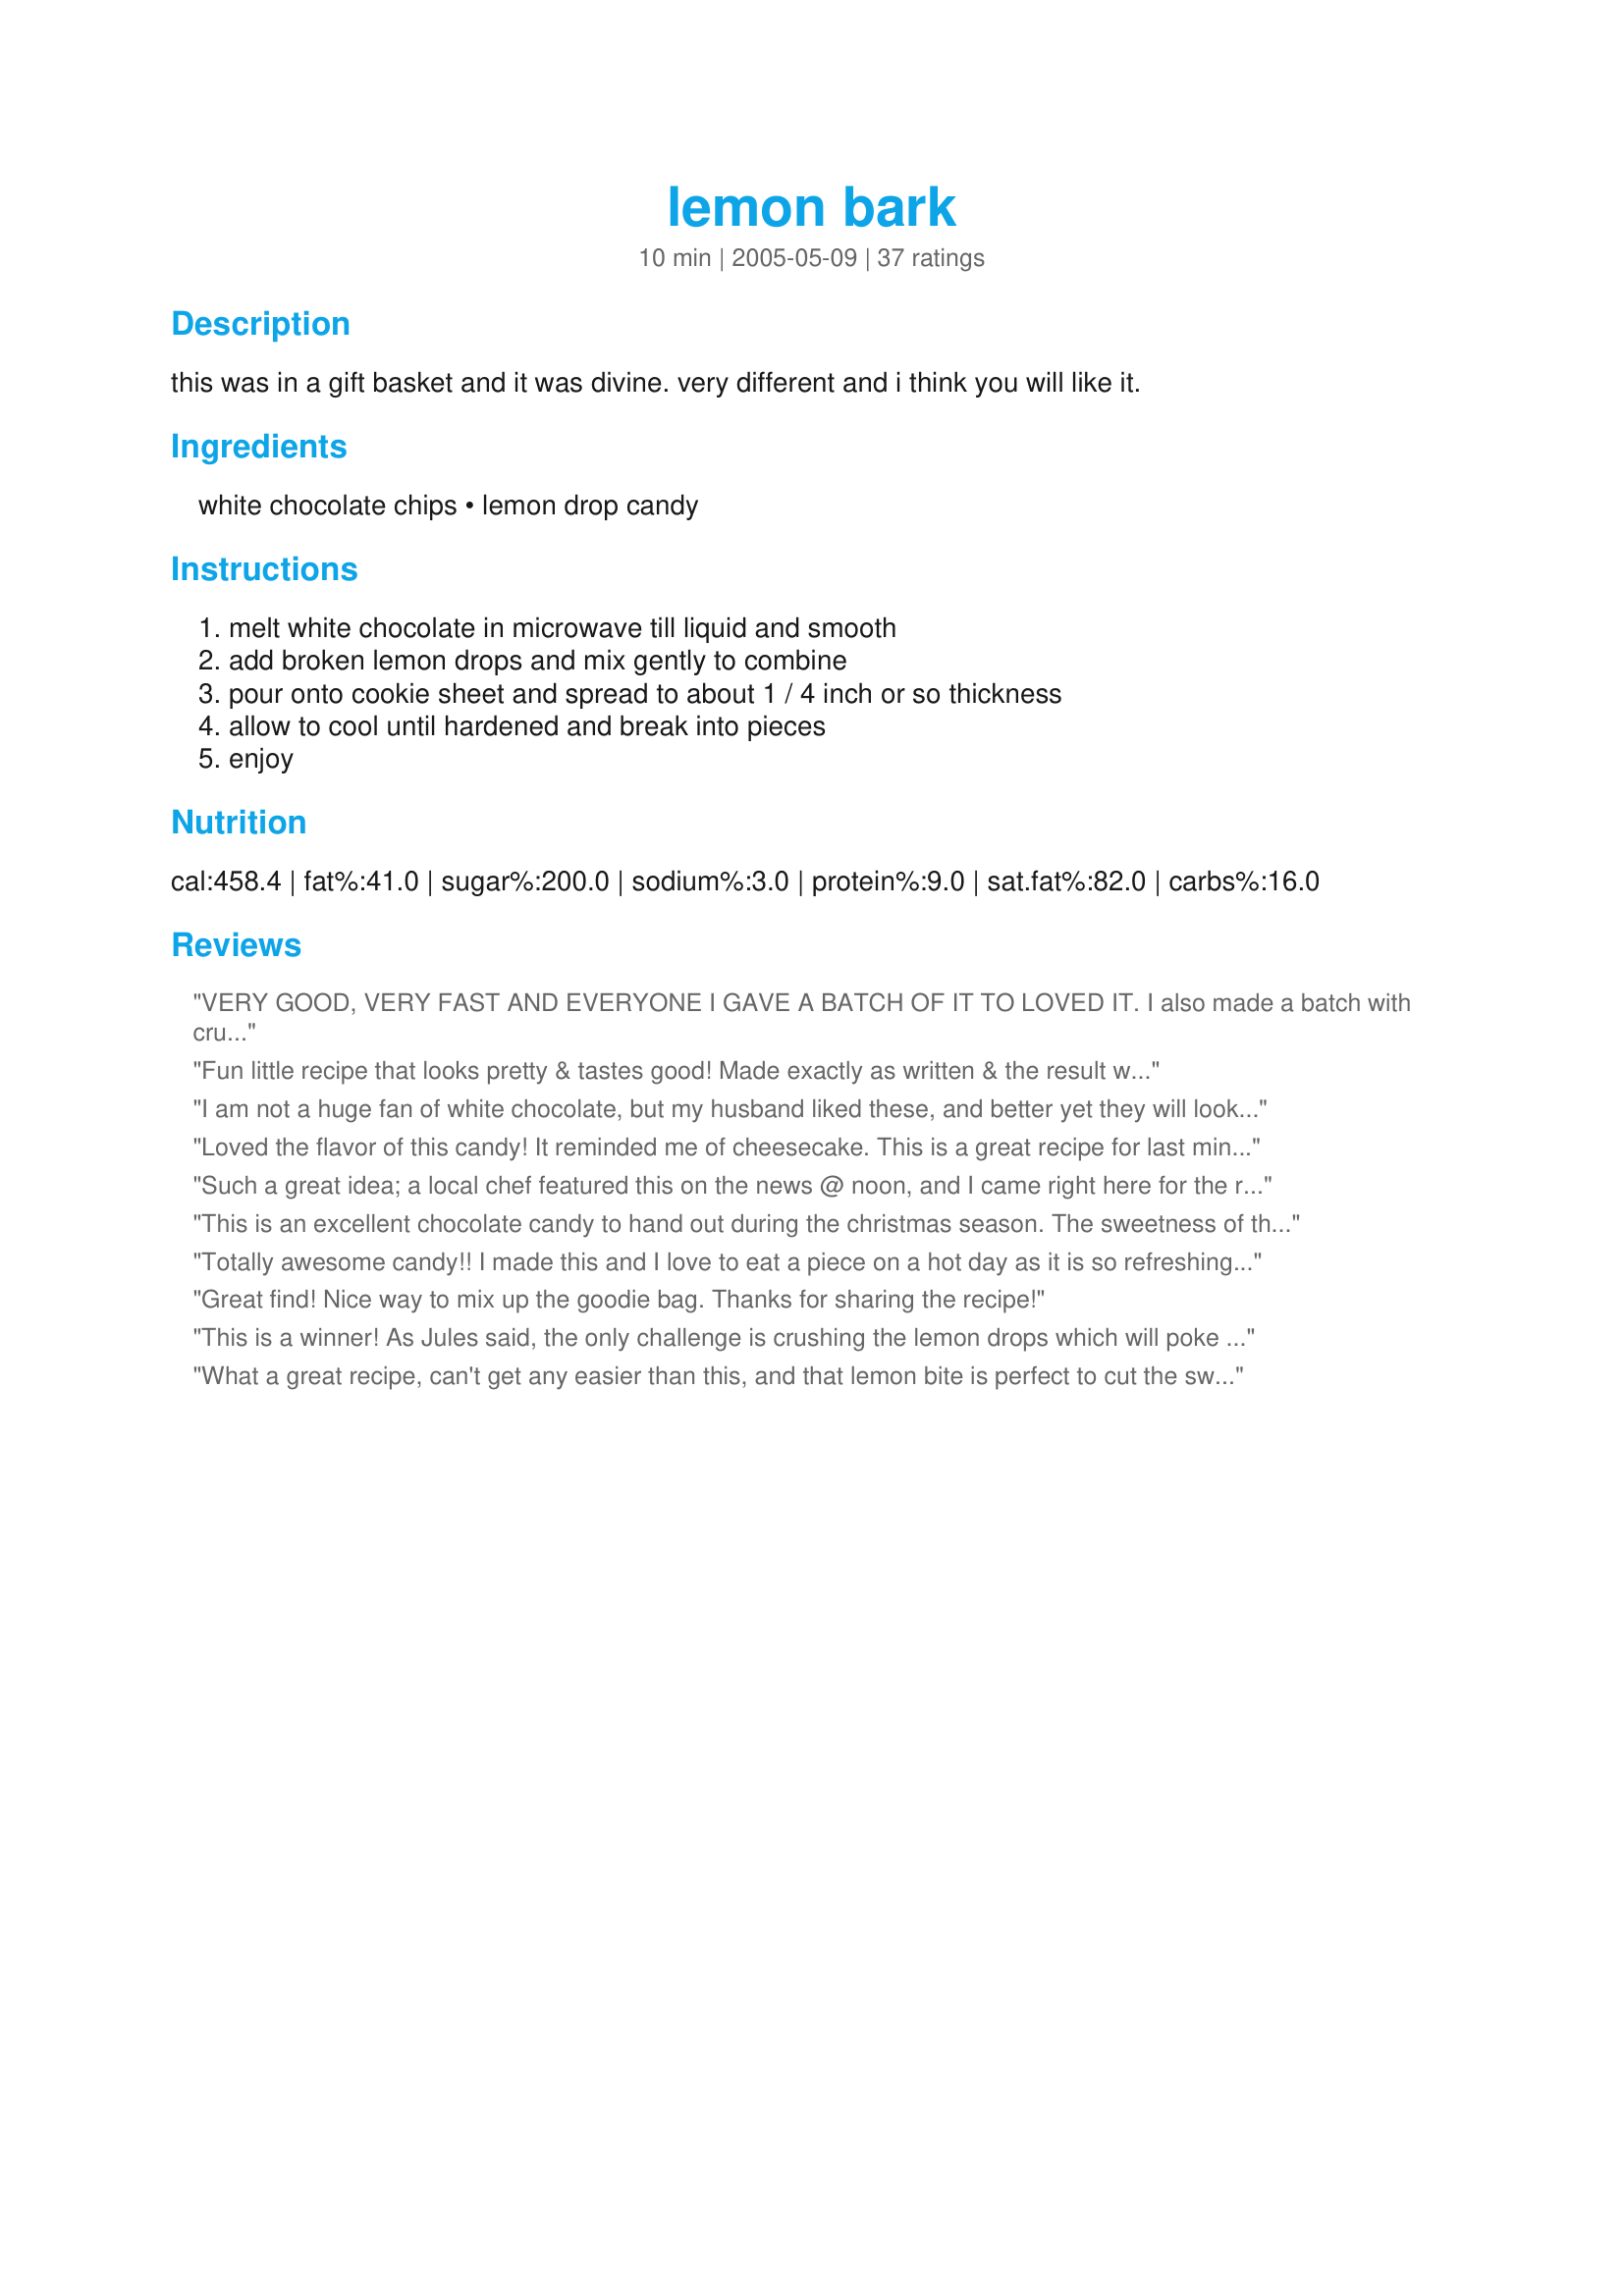
lemon bark
Preparation time: 10 minutes

this was in a gift basket and it was divine. very different and i think you will like it.

Ingredients:
white chocolate chips, lemon drop candy

Steps:
melt white chocolate in microwave till liquid and smooth, add broken lemon drops and mix gently to combine, pour onto cookie sheet and spread to about 1 / 4 inch or so thickness, allow to cool until hardened and break into pieces, enjoy

Reviews:
VERY GOOD, VERY FAST AND EVERYONE I GAVE A BATCH OF IT TO LOVED IT.

I also made a batch with crushed orange hard candies and it was also great.

Excellent recipe for the holidays and perfect for gift giving!!!
Fun little recipe that looks pretty & tastes good! Made exactly as written & the result was excellent. May try this with melted Hershey's white chocolate peppermint kisses & crunched up candy canes. Thanks for posting!
I am not a huge fan of white chocolate, but my husband liked these, and better yet they will look very pretty on our christmas goody tray.
Loved the flavor of this candy! It reminded me of cheesecake. This is a great recipe for last minute gifts, as it is so quick and easy to make.
Such a great idea; a local chef featured this on the news @ noon, and I came right here for the recipe! Made for hubby to give away, and couldn't stop eating it! Thanks for posting riffraff!
This is an excellent chocolate candy to hand out during the christmas season. The sweetness of the chocolate and the sourness of the lemon drops makes an explosion in your mouth. Very good. Thanks
Totally awesome candy!! I made this and I love to eat a piece on a hot day as it is so refreshing!!! It will keep in the refrigerator for up to a year.....Very easy to make...Thanks for sharing this..
Great find! Nice way to mix up the goodie bag. Thanks for sharing the recipe!
This is a winner! As Jules said, the only challenge is crushing the lemon drops which will poke through the strongest plastic bag, leaving a trail of yellow dust. Next time, I'll smash them outside and give the ants a thrill!
This treat tastes much greater than the sum of its two parts. I love it! Thanks, RR!
What a great recipe, can't get any easier than this, and that lemon bite is perfect to cut the sweetness of the chocolate, I took you advise and bought the best chocolate I could find, and being as that's the star of the show it's great advise. I did add some toasted almond slivers as we like nuts in any form. I'm keeping the supplies for this one on hand to use often.
Great little treat!
This is a great recipe. It has awesome flavor and is so simple to make. Thanks for posting.
I made lots of baking goodies for Christmas presents this year and just needed something to fill a spot..this was quick and easy and looked and tasted great..
Thanks for sharing.
I included this on our Christmas trays this year--what a hit. Everybody loved it as a nice change from all the usual chocolate chips, etc. Thanks--I'll be making this again...and again.
Wonderful treat for my holiday cookie trays. I like the contrast of the light and sweet lemon to the other rich and heavy treats of the season. This is so quick and easy that it will surely become a holiday favorite.
This is easy and delicious and a wonderful non-chocolate addition to a goody tray. I made this at Christmas, but it'd be delicious any time.
This recipe was recommended to me by another Recipezaar chef, since she knew my son is a big fan of citrus flavors. Of course, he loved it, as did we all. :) It is incredibly easy and incredibly tasty--love the tartness and crunch the crushed lemon drops add to the white chocolate. Thanks for posting the recipe!
I was hoping I could give this a higher rating, because DH loves white chocolate. He said he liked it, but it was much too rich. I think it needs more lemon pieces to balance the richness of the white chocolate. I'll make it again and be sure to add more pieces, because the idea behind this candy is excellent.
Excellent! I grated the lemon drops in my blender and it turned out perfect. I will make this again and might add a dash of lemon extract to it to intensify the lemon flavor.
Everyone just loved this! So good and so easy to make. Perfect blend of sweet and sour-a must try!
This was truly outstanding and easy. Very refreshing to eat and a nice, different gift for the holidays. Thank you for sharing!
Now here is something special! What an easy, lovely and refreshingly new tidbit for my traditional Christmas trays. If you are looking at this recipe and don't make it, you will miss a real treat. Sprinkle a bit of yellow decorator sugar on top for extra glam. Love it! THANKS, riffraff!!! ~Messy44
Perfect! Easy to make and very yummy! I chopped the lemon heads in the food processor, and had the whole batch done in less than 10 minutes. Hubby loved it. Thanks for a great recipe.
Loved the ease of preparation!
I liked this but didn't love it. The white chocolate was a little too sweet for me, but the combination of lemon candy and chocolate is inspired.
Yum! I never would have thought to put these two great flavors together. So simple, yet so tasty! Thanks!
This was a total hit. I chose it because 
Dh is a lemon fan and I'm not tempted by it. Wrong. I couldn't keep my greedy little mitts off it. This is gooood. Smash those lemon drops between two layers of flour sacking to keep the drops from flying around the kitchen.
i love anything lemon. i use a high quality white chocolate as it's very fussy to cook with. i find trader joes white chocolate chips work great. this is so yuumy. especially when the weather warms up. it's refreshing and sweet/tart.
Quick and easy to put together with wonderful results! Not a fan of Lemon flavored candies but, I sure did eat enough of this! Very, very good addition to my holiday trays! Thank you for sharing!
Awesome! I used to buy this from a little frufru shop till I started making it myself. I like the candy well-crushed but not pulverized. Orange hard candy and lime hard candy are delicious as well and an assortment of the three is quite attractive in any gift basket. Thanks, RiffRaff, for posting!
this was a big hit. I used Ghiradelli white chocolate from Trader Joe's and Lemonheads candies. Two of my neighbors asked for the recipe!
Great recipe. I tried this because I love lemon, and thought it would be a great addition to my cookie trays. This couldn't be any easier to make, and was definately a hit.
Fabulous! Included this in my Christmas trays/baskets and it was voted new favorite of the year! I crushed my candies pretty fine and then sifted out the dust to sprinkle on top which gave it a great glittery look that was very pretty.
This is one of those simple recipes that comes out wonderful. Easy as can be--the hardest part is breaking up the lemon candy. I will make this over and over again. Thank you is a wonderful addition to my recipes for the holidays.
This came out great. Be careful not to overheat the chocolate. Heat on high for about 40 seconds, stir. Do another 30 seconds and stir again. It should be about right. Thanks for sharing.
I have been wanting to try this since it was posted, but I could never find lemon drops. I couldn't even find them in time to include them on my Christmas trays, but I was determined to try this! In turns out that two people gave us assorted candies for Christmas that included some lemon flavored, so I picked them all out and made this tonight. Awesome, just as I expected! Thanks for posting!
I admit that I was a bit curious, even uncertain, about this but have never gone wrong with one of Riff's recipes yet so I decided to try it. **Wow** I've been trying to think of adjectives for this, but they all fall short. It is creamy and tangy at the same time, sweet and yet with a zing to it....simultaneously simple and complex. Neither the chocolate nor the lemon are overpowering, but balance each other out perfectly. (I used Ghiradelli white choc chips.) It was very easy to make but tastes decidedly gourmet. It's a nice change from the heavy sweetness that seems to abound at the holidays ~ kind of like a sorbet palate cleanser on your cookie tray, lol. Next time I will get the chocolate a bit warmer when I melt it as it cooled down pretty quickly when I added the lemon drop bits and perhaps didn't spread as easily as it would have otherwise. I got roughly a 9x13" piece of bark; next time I will plan on making a double batch as I can already tell this is going to be a big hit. Thanks SO much for posting this, Riff, and making me look good for the holidays, lol!
